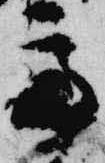
亭